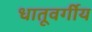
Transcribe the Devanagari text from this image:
धातूवर्गीय